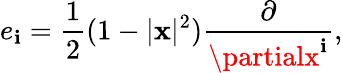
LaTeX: e_{\mathbf{i}}={\frac{{1}}{{2}}}(1-|\mathbf{{x}}|^{2}){\frac{{\partial}}{{\partialx^{\mathbf{i}}}}},